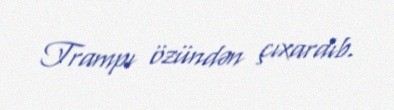
Trampı özündən çıxardıb.